Civil Veterinary Department Bihar & Orissa reports 1929-36 - 1929-1936
Year: 1929
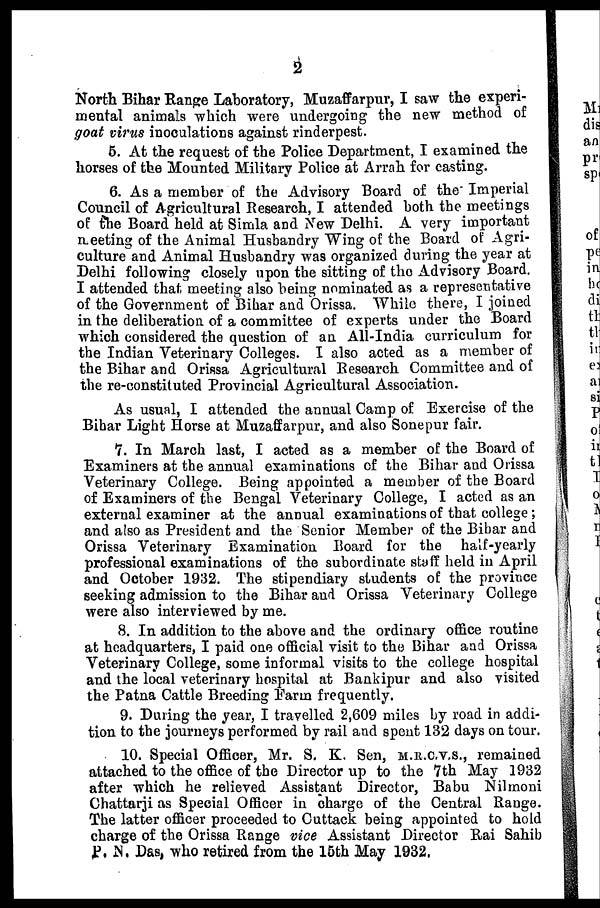
2
North Bihar Range Laboratory, Muzaffarpur, I saw the experi-
mental animals which were undergoing the new method of
goat virus inoculations against rinderpest.
5. At the request of the Police Department, I examined the
horses of the Mounted Military Police at Arrah for easting.
6. As a member of the Advisory Board of the Imperial
Council of Agricultural Research, I attended both the meetings
of the Board held at Simla and New Delhi. A very important
meeting of the Animal Husbandry Wing of the Board of Agri-
culture and Animal Husbandry was organized during the year at
Delhi following closely upon the sitting of the Advisory Board.
I attended that meeting also being nominated as a representative
of the Government of Bihar and Orissa. While there, I joined
in the deliberation of a committee of experts under the Board
which considered the question of an All-India curriculum for
the Indian Veterinary Colleges. I also acted as a member of
the Bihar and Orissa Agricultural Research Committee and of
the re-constituted Provincial Agricultural Association.
As usual, I attended the annual Camp of Exercise of the
Bihar Light Horse at Muzaffarpur, and also Sonepur fair.
7. In March last, I acted as a member of the Board of
Examiners at the annual examinations of the Bihar and Orissa
Veterinary College. Being appointed a member of the Board
of Examiners of the Bengal Veterinary College, I acted as an
external examiner at the annual examinations of that college;
and also as President and the Senior Member of the Bihar and
Orissa Veterinary Examination Board for the half-yearly
professional examinations of the subordinate staff held in April
and October 1932. The stipendiary students of the province
seeking admission to the Bihar and Orissa Veterinary College
were also interviewed by me.
8. In addition to the above and the ordinary office routine
at headquarters, I paid one official visit to the Bihar and Orissa
Veterinary College, some informal visits to the college hospital
and the local veterinary hospital at Bankipur and also visited
the Patna Cattle Breeding Farm frequently.
9. During the year, I travelled 2,609 miles by road in addi-
tion to the journeys performed by rail and spent 132 days on tour.
10. Special Officer, Mr. S. K. Sen, m.k,c,v,s., remained
attached to the office of the Director up to the 7th May 1932
after which he relieved Assistant Director, Babu Nilmoni
Chattarji as Special Officer in charge of the Central Range.
The latter officer proceeded to Cuttack being appointed to hold
charge of the Orissa Range vice Assistant Director Rai Sahib
P. N. Das, who retired from the 15th May 1932,